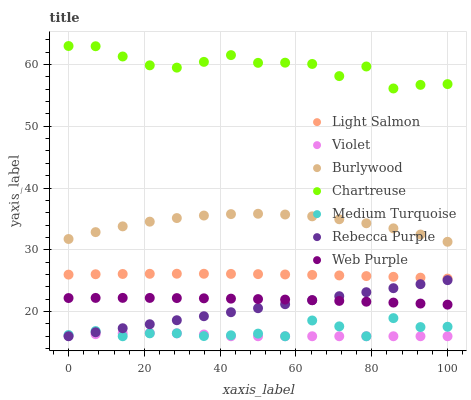
| xaxis_label | Light Salmon | Violet | Burlywood | Chartreuse | Medium Turquoise | Rebecca Purple | Web Purple |
 | --- | --- | --- | --- | --- | --- | --- | --- |
 | 0 | 26 | 16.1 | 31.7 | 63 | 16.2 | 16 | 22.2 |
 | 7.14 | 26 | 16.3 | 32.9 | 63 | 16.8 | 16.6 | 22.2 |
 | 14.3 | 26.1 | 16.5 | 33.8 | 61.3 | 16 | 17.3 | 22.2 |
 | 21.4 | 26.1 | 16.5 | 34.6 | 59.9 | 16.5 | 17.9 | 22.2 |
 | 28.6 | 26.1 | 16.5 | 35.1 | 59.5 | 16.5 | 18.6 | 22.2 |
 | 35.7 | 26.1 | 16.3 | 35.5 | 60.4 | 16 | 19.2 | 22.1 |
 | 42.9 | 26.1 | 16 | 35.8 | 61.5 | 16.2 | 19.9 | 22.1 |
 | 50 | 26.1 | 16 | 35.8 | 60.3 | 16.4 | 20.5 | 22 |
 | 57.1 | 26 | 16 | 35.7 | 60.3 | 16 | 21.2 | 21.9 |
 | 64.3 | 25.9 | 16 | 35.4 | 60.1 | 18.6 | 21.8 | 21.8 |
 | 71.4 | 25.8 | 16 | 34.9 | 58.1 | 17.6 | 22.5 | 21.7 |
 | 78.6 | 25.7 | 16 | 34.3 | 59.7 | 16 | 23.1 | 21.6 |
 | 85.7 | 25.6 | 16 | 33.5 | 56.1 | 18.9 | 23.8 | 21.5 |
 | 92.9 | 25.5 | 16 | 32.5 | 56.7 | 17.5 | 24.4 | 21.3 |
 | 100 | 25.3 | 16 | 31.3 | 56.8 | 17.5 | 25.1 | 21.1 |